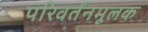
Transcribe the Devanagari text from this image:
परिवर्तनमूलक